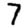
Digit: 7